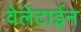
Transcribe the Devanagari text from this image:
वेलेंटाईन